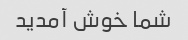
شما خوش آمدید